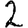
Digit: 2